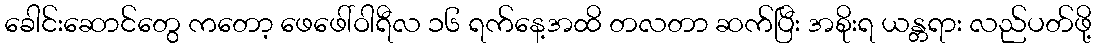
ခေါင်းဆောင်တွေ ကတော့ ဖေဖေါ်ဝါရီလ ၁၆ ရက်နေ့အထိ တလတာ ဆက်ပြီး အစိုးရ ယန္တရား လည်ပတ်ဖို့